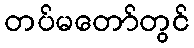
တပ်မတော်တွင်